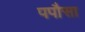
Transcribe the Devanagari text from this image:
पपौसा